Civil Veterinary Dept. North-West Frontier Province 1901-22 - 1901-1922
Year: 1901
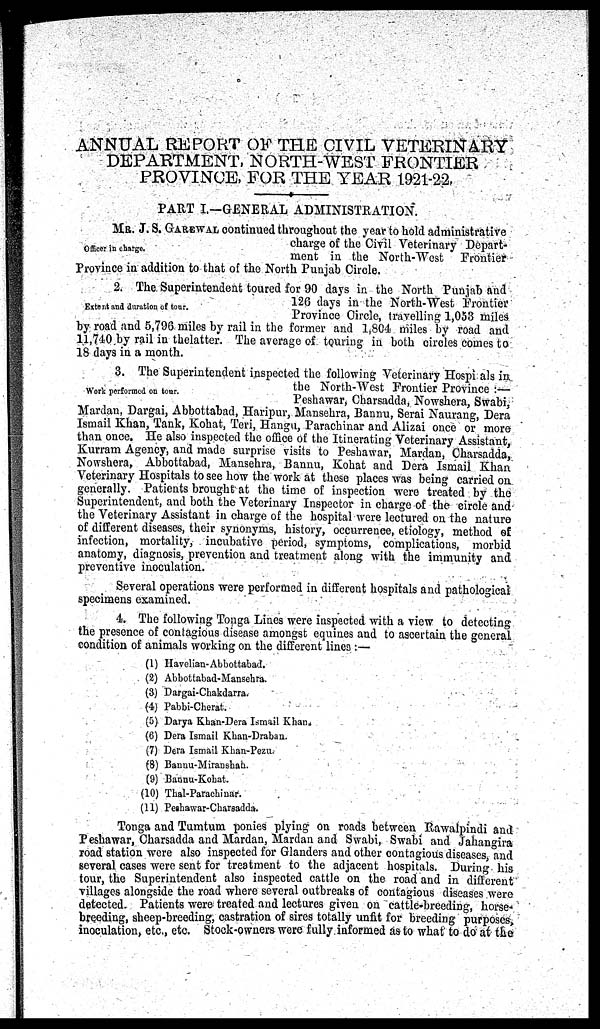
ANNUAL REPORT OF THE CIVIL VETERINARY
DEPARTMENT, NORTH-WEST FRONTIER
PROVINCE, FOR THE YEAR 1921-22.
PART I—GENERAL ADMINISTRATION.
Officer in charge.
MR. J. S. GAREWAL continued throughout the year to hold administrative
charge of the Civil Veterinary Depart-
ment in the North-West
Frontier
Province in addition to that of the North Punjab Circle.
Extent and duration of tour.
The Superintendent toured for 90 days in the North Punjab and
120 days in the North-West Frontier
Province Circle, travelling 1,053 miles
by road and 5,796 miles by rail in the former and 1,804 miles by road and
11,740 by rail in thelatter. The average of touring in both circles comes to
18 days in a month.
Work performed on tour.
3. The Superintendent inspected the following Veterinary Hospitals in,
the North-West Frontier Province:—
Peshawar, Charsadda, Nowshera, Swabi,
Mardan, Dargai, Abbottabad, Haripur, Mansehra, Bannu, Serai Naurang, Dera
Ismail Khan, Tank, Kohat, Teri, Hangu, Parachinar and Alizai once or more
than once. He also inspected the office of the Itinerating Veterinary Assistant,
Kurram Agency, and made surprise visits to Peshawar, Mardan, Charsadda,
Nowshera, Abbottabad, Mansehra, Bannu, Kohat and Dera Ismail Khan
Veterinary Hospitals to see how the work at these places was being carried on
generally. Patients brought at the time of inspection were treated by the
Superintendent, and both the Veterinary Inspector in charge of the circle and
the Veterinary Assistant in charge of the hospital were lectured on the nature
of different diseases, their synonyms, history, occurrence, etiology, method of
infection, mortality, incubative period, symptoms, complications, morbid
anatomy, diagnosis, prevention and treatment along with the immunity and
preventive inoculation.
Several operations were performed in different hospitals and pathological
specimens examined.
4. The following Tonga Lines were inspected with a view to detecting
the presence of contagious disease amongst equines and to ascertain the general
condition of animals working on the different lines:—
(1) Havelian-Abbottabad.
(2) Abbottabad-Mansehra.
(3) Dargai-Chakdarra.
(4) Pabbi-Cherat.
(5) Darya Khan-Dera Ismail Khan.
(6) Dera Ismail Khan-Draban.
(7) Dera Ismail Khan-Pezu.
(8) Bannu-Miranshah.
(9) Bannu-Kohat.
(10) Thal-Parachinar.
(11) Peshawar-Charsadda.
Tonga and Tumtum ponies plying on roads between Rawalpindi and
Peshawar, Charsadda and Mardan, Mardan and Swabi, Swabi and Jahangira
road station were also inspected for Glanders and other contagious diseases, and
several cases were sent for treatment to the adjacent hospitals. During his
tour, the Superintendent also inspected cattle on the road and in different
villages alongside the road where several outbreaks of contagious diseases were
detected. Patients were treated and lectures given on cattle-breeding, horse-
breeding, sheep-breeding, castration of sires totally unfit for breeding purposes,
inoculation, etc., etc. Stock-owners were fully informed as to what to do at the